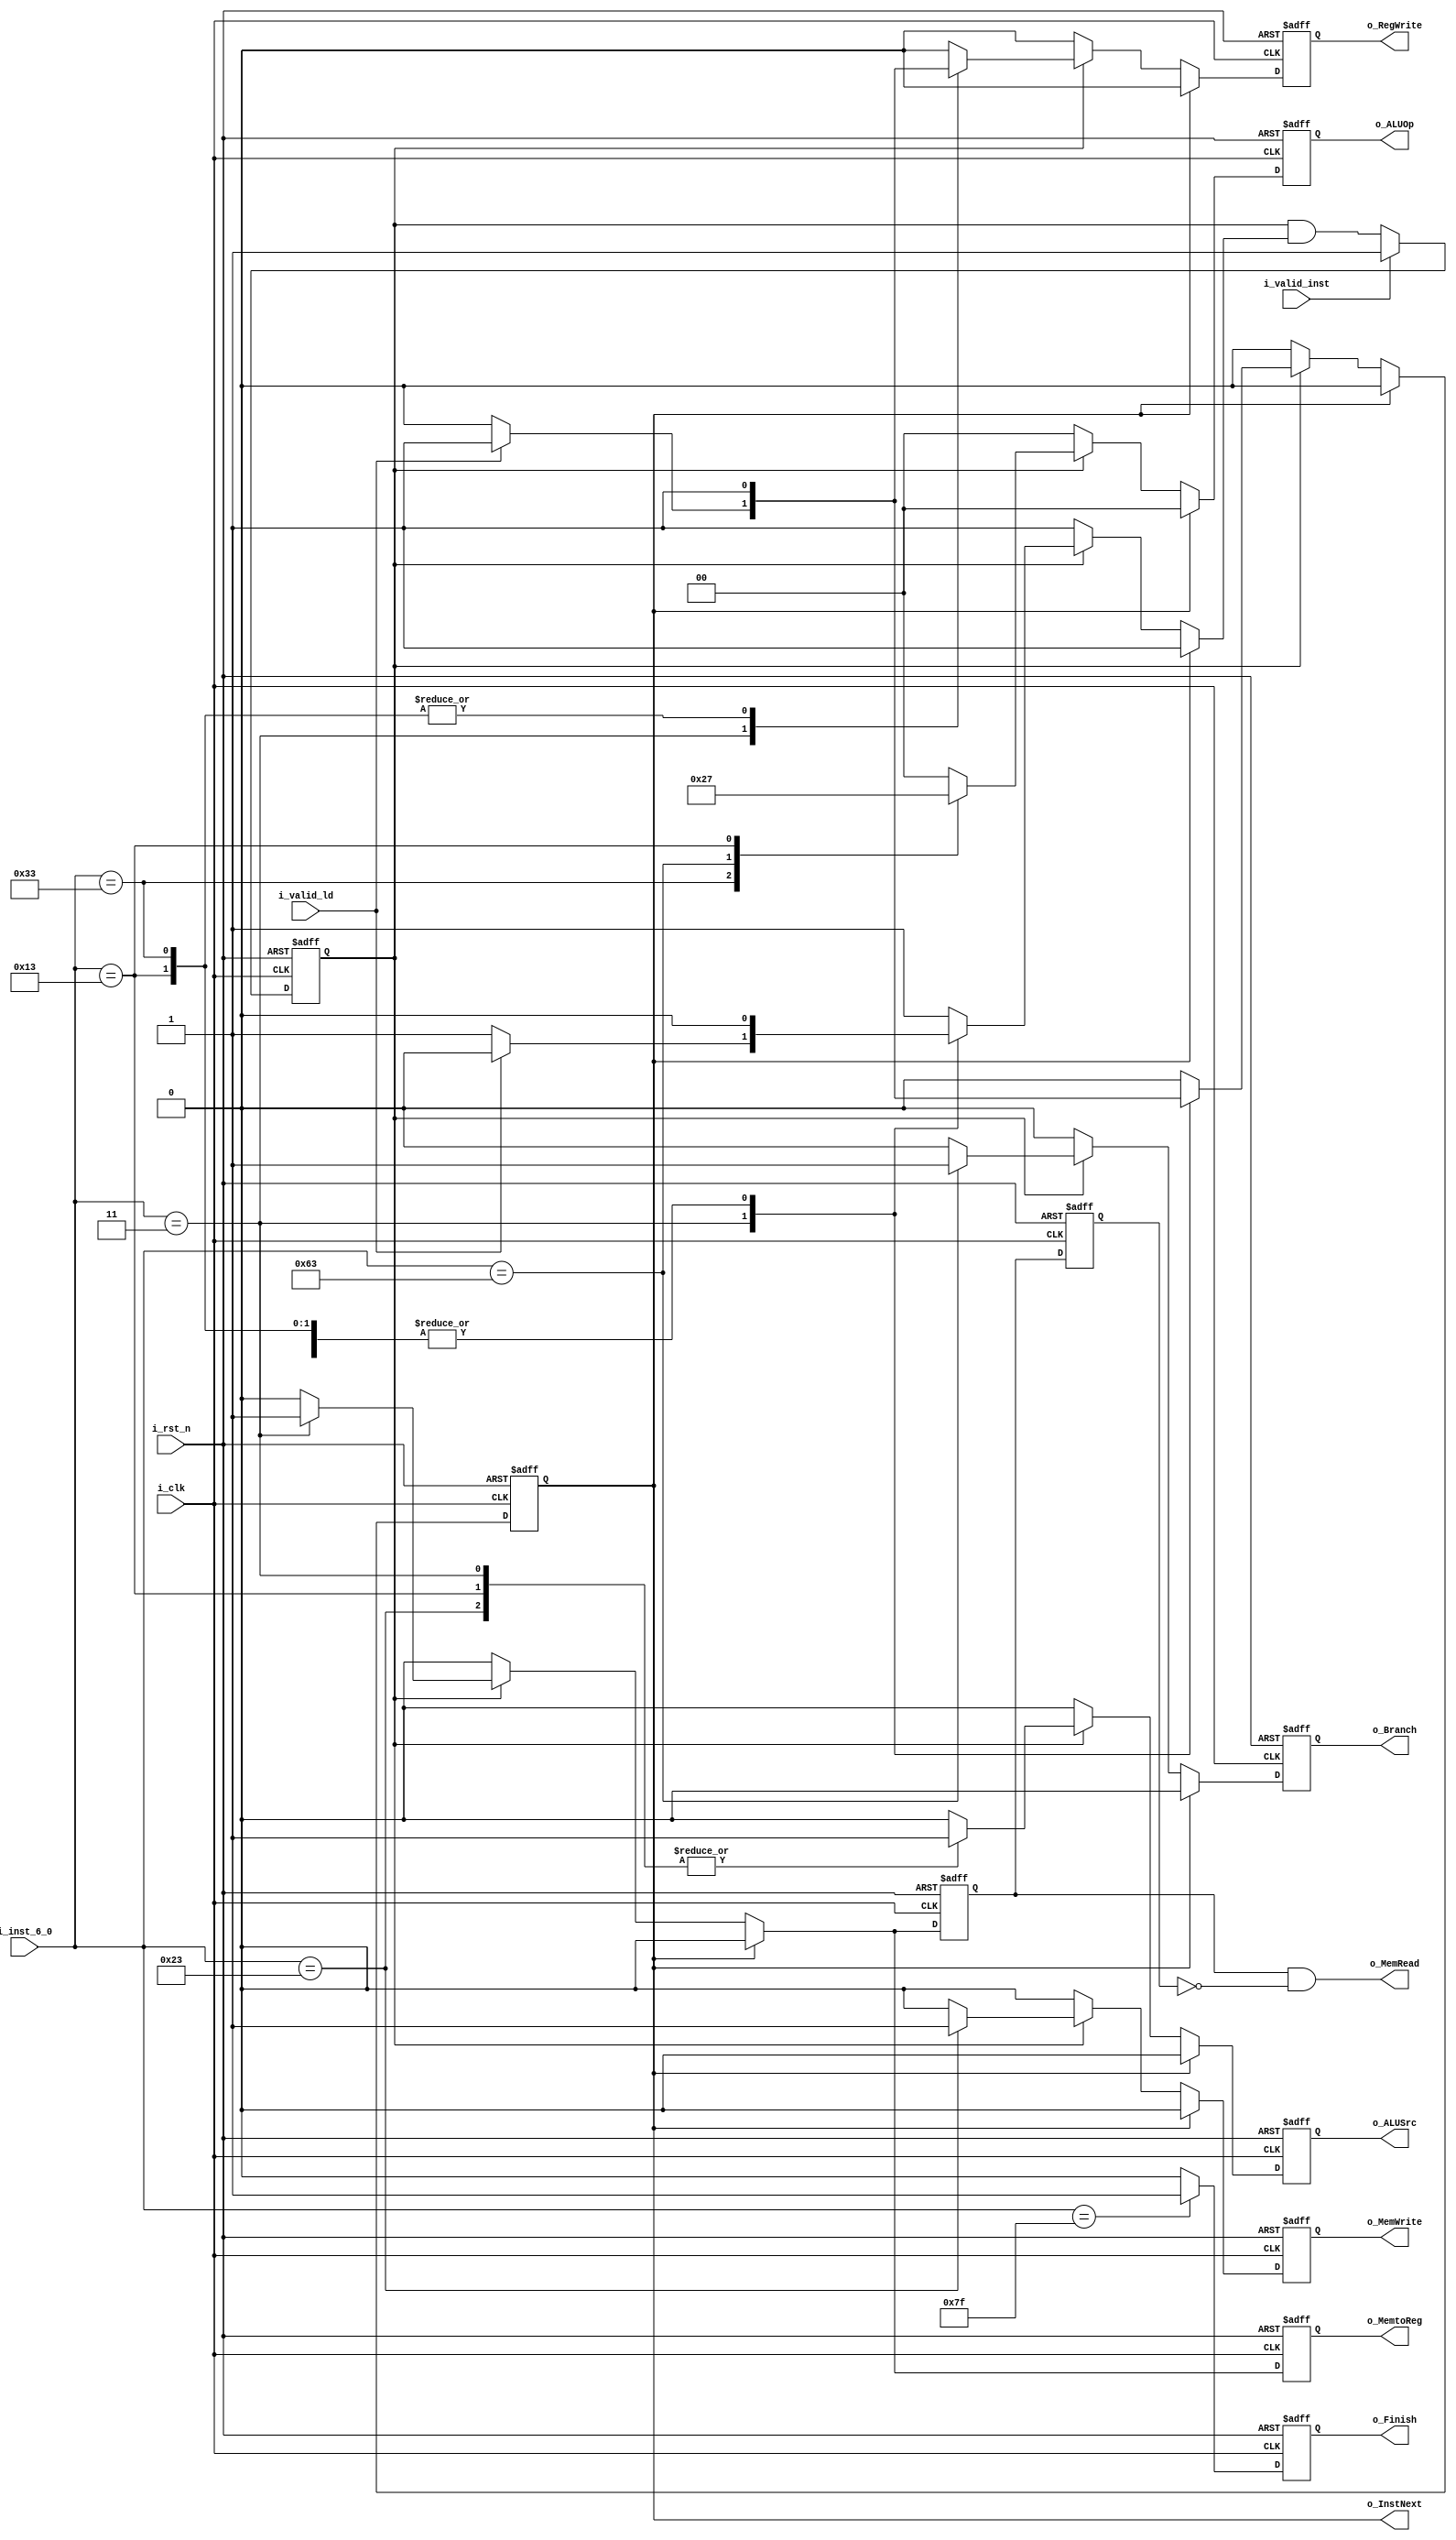
module Control #(
	parameter ADDR_W = 64,
	parameter INST_W = 32,
	parameter DATA_W = 64
)(
    input        i_clk,
    input        i_rst_n,
    input  [6:0] i_inst_6_0,   //(i_i_inst[6:0]),
    input        i_valid_inst, //(i_i_valid_inst),
    input        i_valid_ld,   //(i_d_valid_data),
    output       o_Branch,     //(Branch),
    output       o_MemRead,    //(o_d_MemRead),
    output       o_MemtoReg,   //(MemtoReg),
    output [1:0] o_ALUOp,      //(ALUOp),
    output       o_MemWrite,   //(o_d_MemWrite),
    output       o_ALUSrc,     //(ALUSrc),
    output       o_RegWrite,   //(RegWrite),
    output       o_InstNext,   //(InstNext),
    output       o_Finish      //(o_finish)
);

    reg i_valid_inst_r, i_valid_inst_w, i_valid_inst_set; //continuous valid inst signal until request next inst

    reg o_Branch_r, o_Branch_w;     //(Branch),
    reg o_MemRead_r, o_MemRead_w;   //(o_d_MemRead),
    reg o_MemRead_r_r;              // one cycle delay to wait for ALU calculating the mem addr.
    reg o_MemtoReg_r, o_MemtoReg_w; //(MemtoReg),
    reg [1:0] o_ALUOp_r, o_ALUOp_w; //(ALUOp),
    reg o_MemWrite_r, o_MemWrite_w; //(o_d_MemWrite),
    reg o_ALUSrc_r, o_ALUSrc_w;     //(ALUSrc),
    reg o_RegWrite_r, o_RegWrite_w; //(RegWrite),
    reg o_InstNext_r, o_InstNext_w; //(InstNext),
    reg o_Finish_r, o_Finish_w;     //(o_finish)

    assign o_Branch     = o_Branch_r;                     //(Branch),
    assign o_MemRead    = o_MemRead_r & (~o_MemRead_r_r); //(o_d_MemRead),  // be one cycle signal, with one cycle delay to wait for ALU calculating the mem addr.
    assign o_MemtoReg   = o_MemtoReg_r;                   //(MemtoReg),
    assign o_ALUOp      = o_ALUOp_r;                      //(ALUOp),
    assign o_MemWrite   = o_MemWrite_r;                   //(o_d_MemWrite),
    assign o_ALUSrc     = o_ALUSrc_r;                     //(ALUSrc),
    assign o_RegWrite   = o_RegWrite_r;                   //(RegWrite),
    assign o_InstNext   = o_InstNext_r;                   //(InstNext),
    assign o_Finish     = o_Finish_r;                     //(o_finish)

    // generate continuous valid inst signal
    always @(*) begin
        if (i_valid_inst) begin
            i_valid_inst_w = i_valid_inst;
        end else begin
            i_valid_inst_w = i_valid_inst_r & i_valid_inst_set;
        end
    end

    always @(*) begin
        // default for condition
        o_ALUSrc_w   = 0;
        o_MemtoReg_w = 0;
        o_RegWrite_w = 0;
        o_MemRead_w  = 0;
        o_MemWrite_w = 0;
        o_Branch_w   = 0;
        o_ALUOp_w    = 2'b00;

        i_valid_inst_set = 1; // default makes i_valid_inst_w = i_valid_inst_r
        
        if (o_InstNext_r == 1) begin // to be one cycle
            o_InstNext_w = 0;
        end else begin  // after send a inst fetch request
            if (i_valid_inst_r) begin // get an inst, then can do follow steps..., at the end can request next inst.
                o_InstNext_w = 0; // default for case condition
                case (i_inst_6_0) // follow steps...
                    7'b0110011: begin // R-format
                        o_RegWrite_w     = 1;
                        o_ALUOp_w        = 2'b10;
                        o_InstNext_w     = 1;     // request next inst, under some conditions (previous steps already complete valid)
                        i_valid_inst_set = 0;     // not valid after request next inst
                    end
                    7'b0000011: begin // ld
                        o_ALUSrc_w   = 1;
                        o_MemRead_w  = 1;
                        o_MemtoReg_w = 1;
                        if (i_valid_ld) begin // deal with Data Memory delay
                            o_RegWrite_w     = 1;
                            o_InstNext_w     = 1; // request next inst, under some conditions (previous steps already complete valid)
                            i_valid_inst_set = 0; // not valid after request next inst                            
                        end
                    end
                    7'b0100011: begin // sd
                        o_ALUSrc_w       = 1;
                        o_MemWrite_w     = 1;
                        o_InstNext_w     = 1; // request next inst, under some conditions (previous steps already complete valid)
                        i_valid_inst_set = 0; // not valid after request next inst
                    end
                    7'b1100011: begin // beq, bne
                        o_Branch_w       = 1;
                        o_ALUOp_w        = 2'b01;
                        o_InstNext_w     = 1;     // request next inst, under some conditions (previous steps already complete valid)
                        i_valid_inst_set = 0;     // not valid after request next inst
                    end
                    7'b0010011: begin // I-type
                        o_ALUSrc_w       = 1;
                        o_RegWrite_w     = 1;
                        o_ALUOp_w        = 2'b11;
                        o_InstNext_w     = 1;     // request next inst, under some conditions (previous steps already complete valid)
                        i_valid_inst_set = 0;     // not valid after request next inst
                    end
                    //default: 
                endcase
            end else begin // haven't get an inst, can not do follow steps and request next inst yet.
                o_InstNext_w = 0;
            end
        end 

    end


    always @(*) begin
        if (i_inst_6_0 == 7'b111_1111) begin
            o_Finish_w = 1;
        end else begin
            o_Finish_w = 0;
        end
    end
    

    always @(posedge i_clk or negedge i_rst_n) begin
        if (~i_rst_n) begin
            i_valid_inst_r <= 0;
            o_Branch_r     <= 0; //(Branch),
            o_MemRead_r    <= 0; //(o_d_MemRead),
            o_MemRead_r_r  <= 0;
            o_MemtoReg_r   <= 0; //(MemtoReg),
            o_ALUOp_r      <= 0; //(ALUOp),
            o_MemWrite_r   <= 0; //(o_d_MemWrite),
            o_ALUSrc_r     <= 0; //(ALUSrc),
            o_RegWrite_r   <= 0; //(RegWrite),
            o_InstNext_r   <= 1; //(InstNext), // start with valid to get first inst
            o_Finish_r     <= 0; //(o_finish)
        end else begin
            i_valid_inst_r <= i_valid_inst_w;
            o_Branch_r     <= o_Branch_w;
            o_MemRead_r    <= o_MemRead_w;
            o_MemRead_r_r  <= o_MemRead_r;
            o_MemtoReg_r   <= o_MemtoReg_w;
            o_ALUOp_r      <= o_ALUOp_w;
            o_MemWrite_r   <= o_MemWrite_w;
            o_ALUSrc_r     <= o_ALUSrc_w;
            o_RegWrite_r   <= o_RegWrite_w;
            o_InstNext_r   <= o_InstNext_w;
            o_Finish_r     <= o_Finish_w;
        end
    end
    
endmodule